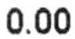
0.00